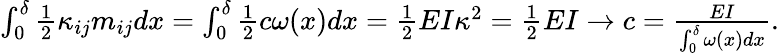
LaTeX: \begin{array}{r}{\int_{0}^{\delta}\frac 12\kappa_{ij}m_{ij}dx=\int_{0}^{\delta}\frac 12c\omega(x)dx=\frac 12EI\kappa^{2}=\frac 12EI\to c=\frac{EI}{\int_{0}^{\delta}\omega(x)dx}.}\end{array}